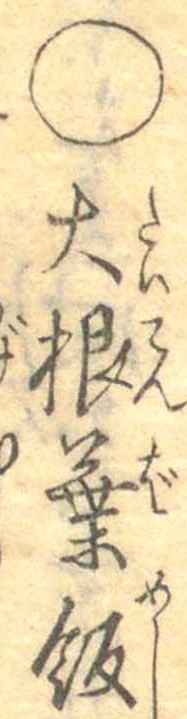
○大根葉飯